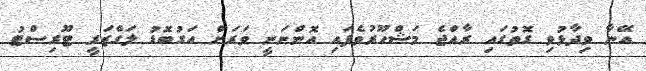
އޭނާ ވިދާޅުވި ގޮތުގައި ރާއްޖެ މަޝްހޫރުވެފައި އޮންނަނީ ވަރަށް އަގުބޮޑު ލަގްޒަރީ ޓޫރިސްޓު